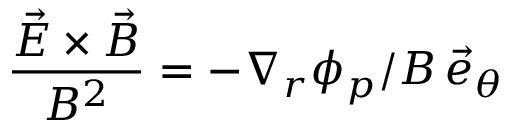
\displaystyle \frac { \Vec { E } \times \Vec { B } } { B ^ { 2 } } = - \nabla _ { r } \phi _ { p } / B \, \vec { e } _ { \theta }